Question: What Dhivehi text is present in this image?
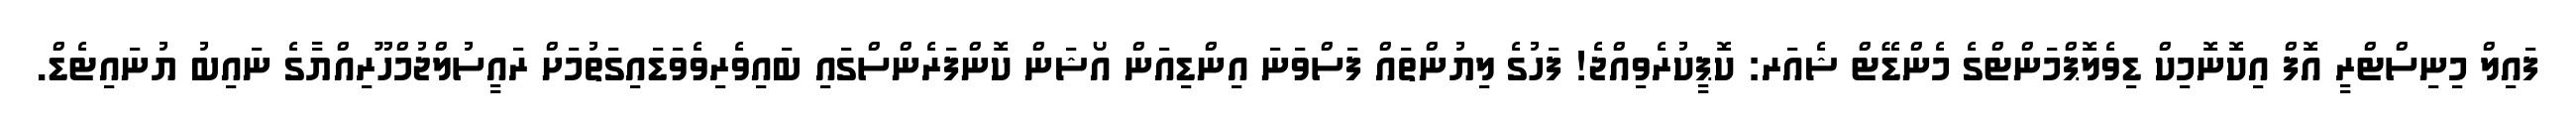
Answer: ފައިލް މިނިސްޓްރީ އޮފް އިކޮނޮމިކް ޑިވެލޮޕްމަންޓްގެ މެންޑޭޓް ޝެއަރ: ކޮޕީކުރެވިއްޖެ! ފަހުގެ ލިޔުންތައް ފަސްވަނަ އިންޑިއަން އޯޝަން ކޮންފަރެންސްގައި ބައިވެރިވެވަޑައިގަތުމަށް ރައީސުލްޖުމްހޫރިއްޔާގެ ނައިބު ޔުނައިޓެޑް.